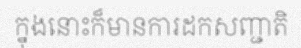
ក្នុងនោះក៏មានការដកសញ្ជាតិ